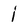
Character: i